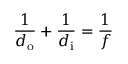
{ \frac { 1 } { d _ { \mathrm { o } } } } + { \frac { 1 } { d _ { \mathrm { i } } } } = { \frac { 1 } { f } }